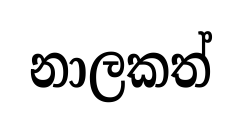
නාලකත්